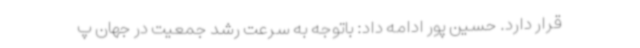
قرار دارد. حسین پور ادامه داد: باتوجه به سرعت رشد جمعیت در جهان پ